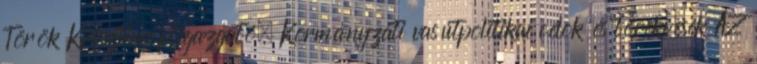
Török Krisztina főigazgató. Kormányzati vasútpolitikai célok és törekvések AZ